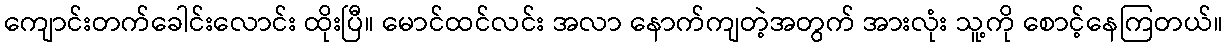
ကျောင်းတက်ခေါင်းလောင်း ထိုးပြီ။ မောင်ထင်လင်း အလာ နောက်ကျတဲ့အတွက် အားလုံး သူ့ကို စောင့်နေကြတယ်။